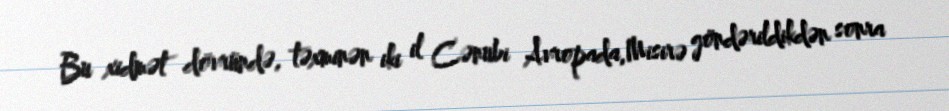
Bu xidmət dövründə, təxminən iki il Cənubi Avropada,Misirə göndərildikdən sonra